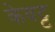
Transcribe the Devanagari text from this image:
केवट्ट